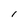
Character: I